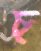
চ্